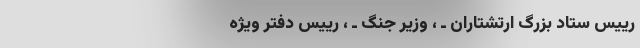
رییس‌ ستاد بزرگ‌ ارتشتاران‌ ـ ‌، وزیر جنگ‌ ـ ‌، رییس دفتر ویژه‌‌